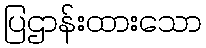
ပြဌာန်းထားသော